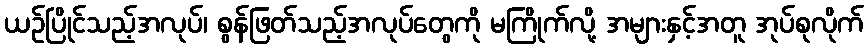
ယဉ်ပြိုင်သည့်အလုပ်၊ စွန်ဖြတ်သည့်အလုပ်တွေကို မကြိုက်လို့ အများနှင့်အတူ အုပ်စုလိုက်